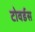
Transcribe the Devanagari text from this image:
टोवर्डस